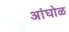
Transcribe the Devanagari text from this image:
अांघोळ